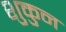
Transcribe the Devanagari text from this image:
शुकुन